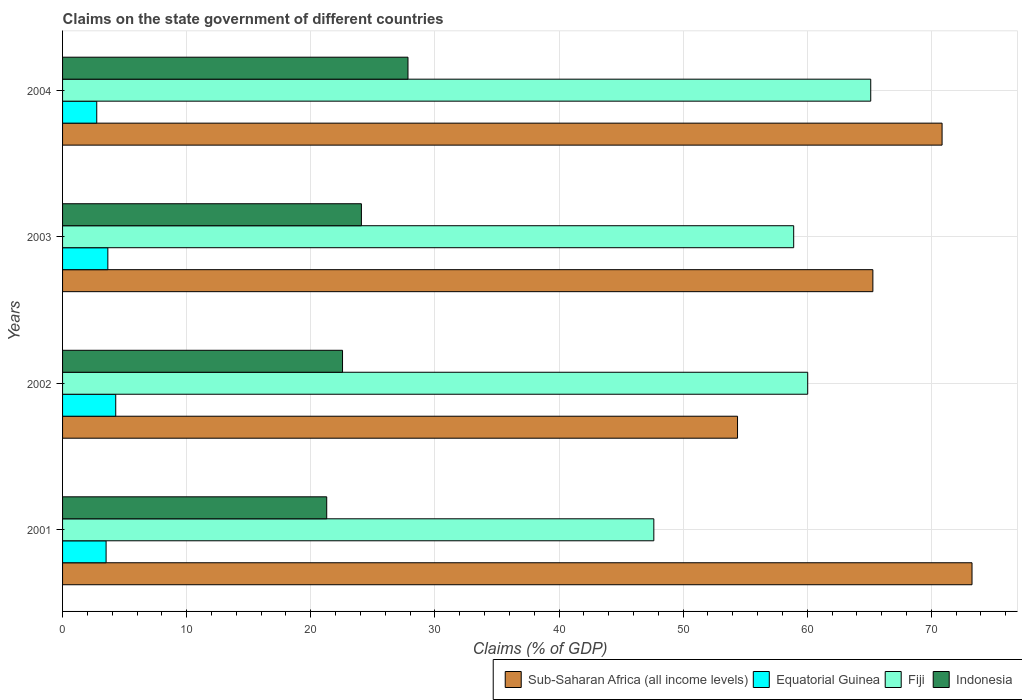
| Years | Sub-Saharan Africa (all income levels) | Equatorial Guinea | Fiji | Indonesia |
 | --- | --- | --- | --- | --- |
 | 2001 | 73.3 | 3.51 | 47.6 | 21.3 |
 | 2002 | 54.4 | 4.28 | 60 | 22.6 |
 | 2003 | 65.3 | 3.65 | 58.9 | 24.1 |
 | 2004 | 70.9 | 2.75 | 65.1 | 27.8 |